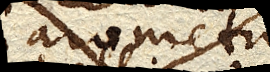
Barometrum